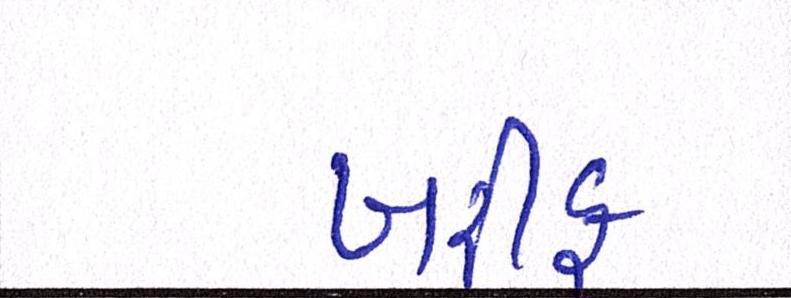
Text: ખરીફ